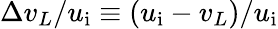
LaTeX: \Delta v_{L}/u_{\mathrm{i}}\equiv(u_{\mathrm{i}}-v_{L})/u_{\mathrm{i}}